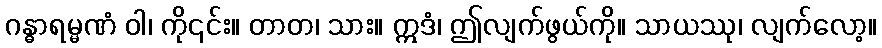
ဂန္ဓာရမ္မဏံ ဝါ၊ ကို၎င်း။ တာတ၊ သား။ ဣဒံ၊ ဤလျက်ဖွယ်ကို။ သာယဿု၊ လျက်လော့။